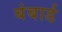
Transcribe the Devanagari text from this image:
बंबार्ड